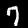
Label: 7